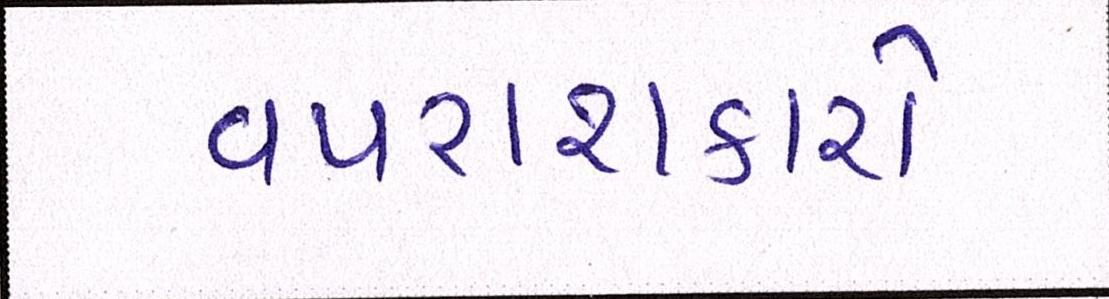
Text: વપરાશકારો